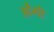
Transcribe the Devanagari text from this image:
ओंगी